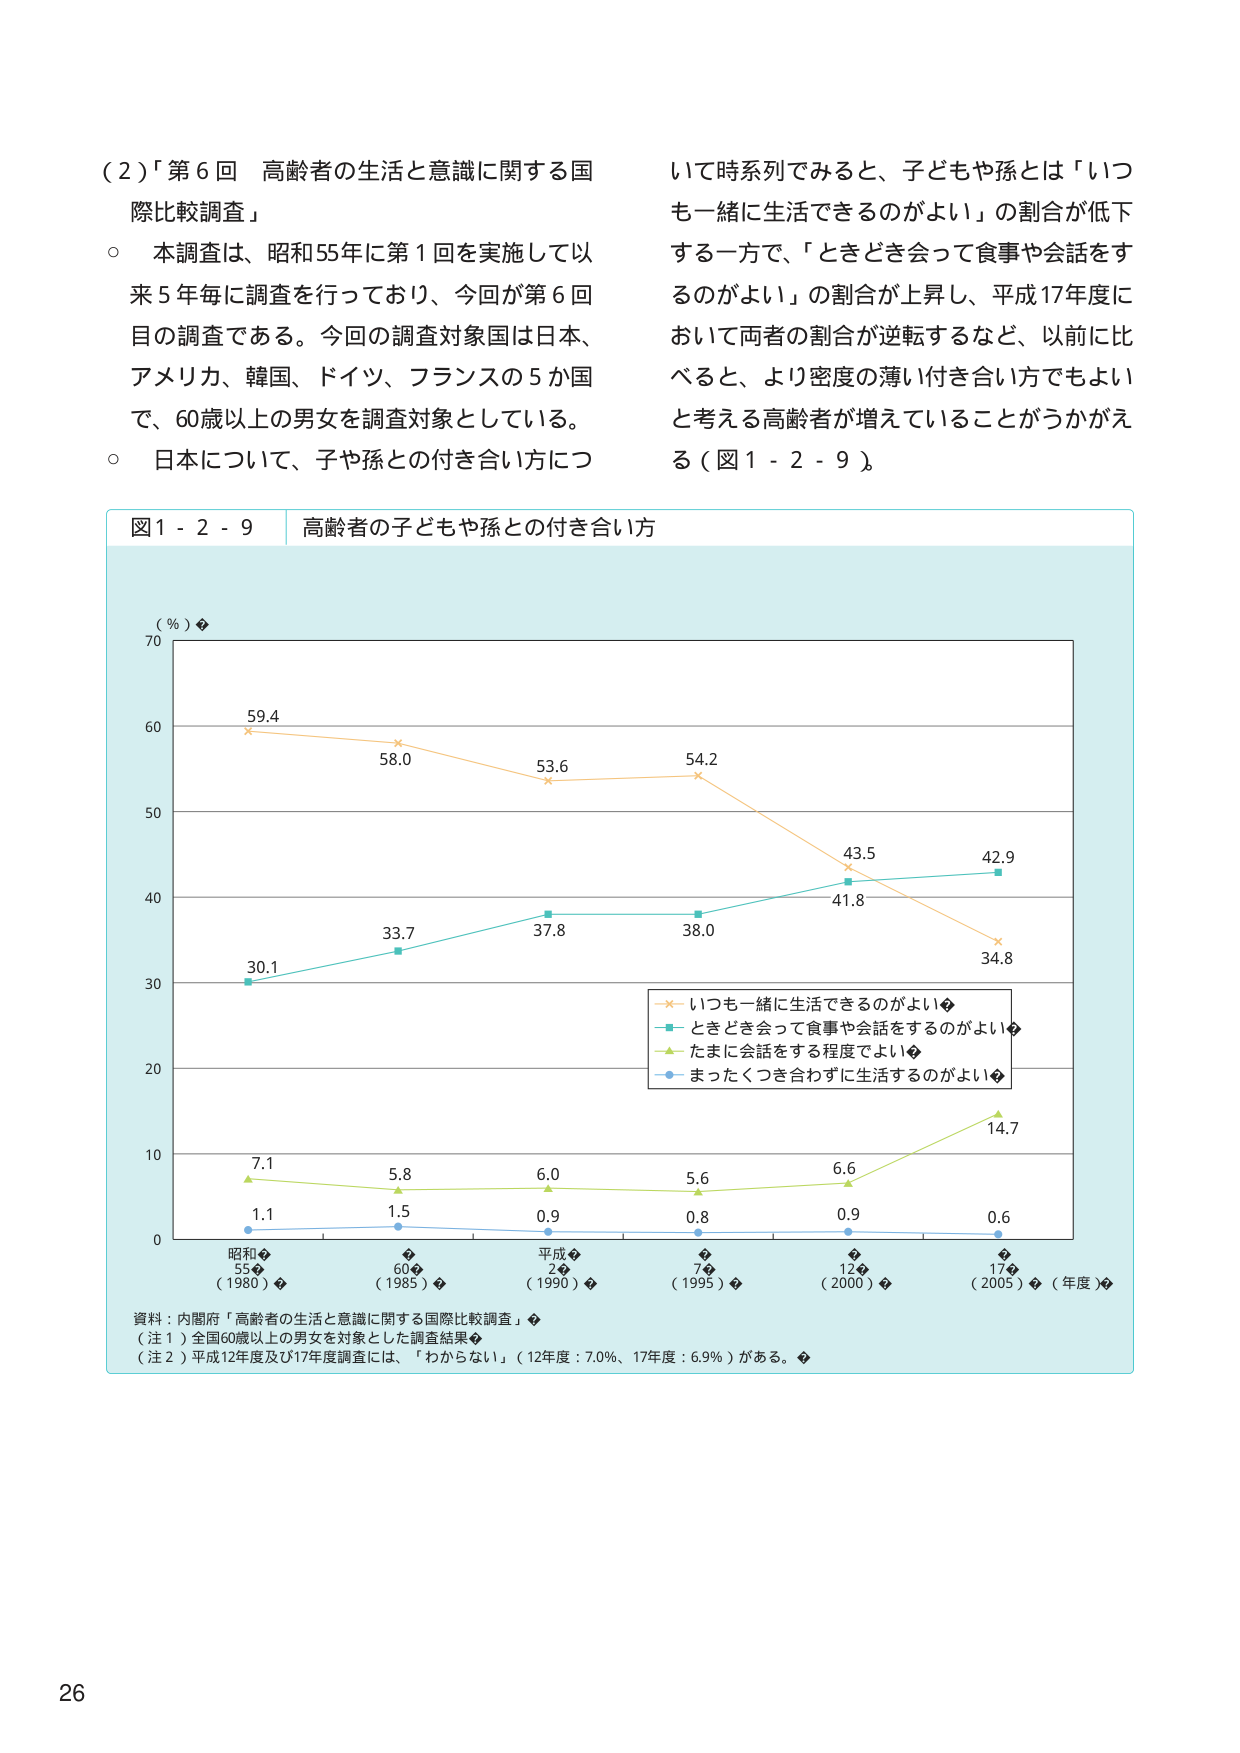
（２）「第６回 高齢者の生活と意識に関する国際比較調査」

○ 本調査は、昭和55年に第１回を実施して以来５年毎に調査を行っており、今回が第６回目の調査である。今回の調査対象国は日本、アメリカ、韓国、ドイツ、フランスの５か国で、60歳以上の男女を調査対象としている。

○ 日本について、子や孫との付き合い方について時系列でみると、子どもや孫とは「いつも一緒に生活できるのがよい」の割合が低下する一方で、「ときどき会って食事や会話をするのがよい」の割合が上昇し、平成17年度において両者の割合が逆転するなど、以前に比べると、より密度の薄い付き合い方でもよいと考える高齢者が増えていることがうかがえる（図１－２－９）。

図１－２－９ 高齢者の子どもや孫との付き合い方

（％）

70
60
50
40
30
20
10
0

昭和55（1980）
60（1985）
平成2（1990）
7（1995）
12（2000）
17（2005）（年度）

59.4
58.0
53.6
54.2
43.5
41.8
42.9
34.8

30.1
33.7
37.8
38.0

7.1
5.8
6.0
5.6
6.6
14.7

1.1
1.5
0.9
0.8
0.9
0.6

－×－ いつも一緒に生活できるのがよい
－■－ ときどき会って食事や会話をするのがよい
－▲－ たまに会話をする程度でよい
－●－ まったくつき合わずに生活するのがよい

資料：内閣府「高齢者の生活と意識に関する国際比較調査」

（注１）全国60歳以上の男女を対象とした調査結果

（注２）平成12年度及び17年度調査には、「わからない」（12年度：7.0％、17年度：6.9％）がある。

26